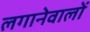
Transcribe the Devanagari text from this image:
लगानेवालों